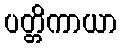
ပတ္တိကာယာ